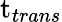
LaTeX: \mathrm{t}_{trans}